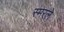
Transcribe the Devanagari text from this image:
स्मरले